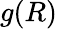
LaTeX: g(R)